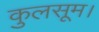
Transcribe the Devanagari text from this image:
कुलसूम।